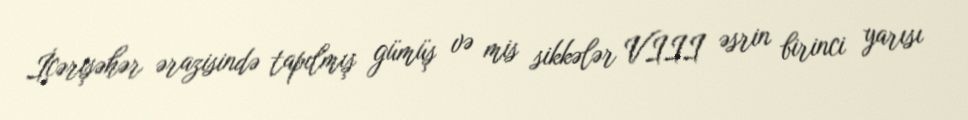
İçərişəhər ərazisində tapılmış gümüş və mis sikkələr VIII əsrin birinci yarısı